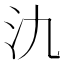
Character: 氿